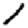
Digit: 1